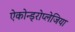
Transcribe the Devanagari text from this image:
ऐकोन्ड्रोप्लेजिया